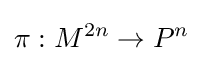
\pi :M^{2n}\rightarrow P^{n}